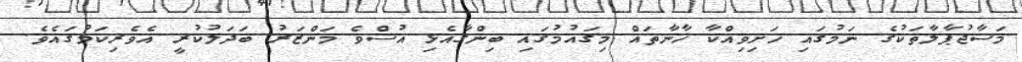
މަސާޖުޕާލާތަކުގެ ނަމުގައި ހަށިވިއްކާ ޚާނާތައް މިގައުމުގައި ބިންގާއެޅި އުސްވެ މަންޒަރު ބަދަލުކުރީ އެވެރިކަމުގައެވެ.